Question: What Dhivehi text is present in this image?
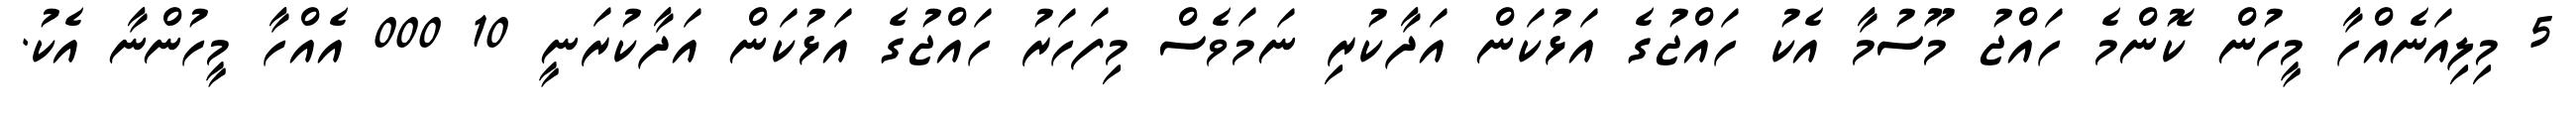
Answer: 5 މިލިއަނެއްހާ މީހުން ކޮންމެ ހައްޖު މޫސުމާ އެކު ހައްޖުގެ އަޅުކަން އަދާކުރި ނަމަވެސް މިފަހަރު ހައްޖުގެ އަޅުކަން އަދާކުރަނީ 10 000 އެއްހާ މީހުންނާ އެކު.